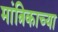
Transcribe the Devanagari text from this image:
मांत्रिकाच्या